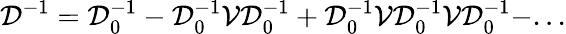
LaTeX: {\mathcal D}^{-1}={\mathcal D}_{0}^{-1}-{\mathcal D}_{0}^{-1}{\mathcal V}{\mathcal D}_{0}^{-1}+{\mathcal D}_{0}^{-1}{\mathcal V}{\mathcal D}_{0}^{-1}{\mathcal V}{\mathcal D}_{0}^{-1}-...